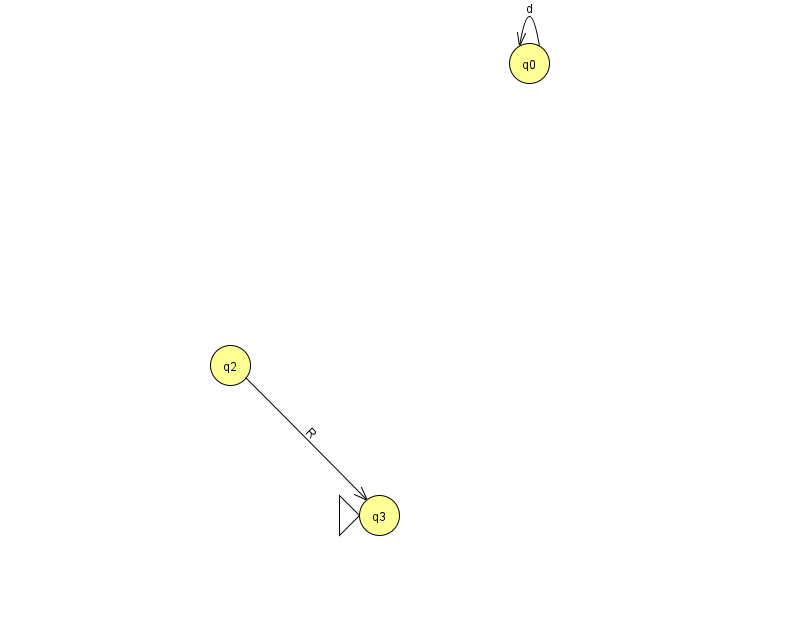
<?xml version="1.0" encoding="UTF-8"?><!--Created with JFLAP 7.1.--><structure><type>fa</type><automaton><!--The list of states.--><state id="0" name="q0"><x>529.0</x><y>50.0</y></state><state id="2" name="q2"><x>230.0</x><y>352.0</y></state><state id="3" name="q3"><x>379.0</x><y>502.0</y><initial/></state><!--The list of transitions.--><transition><from>0</from><to>0</to><read>d</read></transition><transition><from>2</from><to>3</to><read>R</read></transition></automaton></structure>